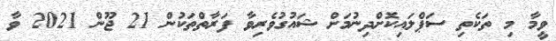
ވީމާ މި ތަކެތި ސަޕްލައިކޮށްދިނުމަށް ޝައުގުވެރިވާ ފަރާތްތަކުން 21 ޖޫން 2021 ވާ